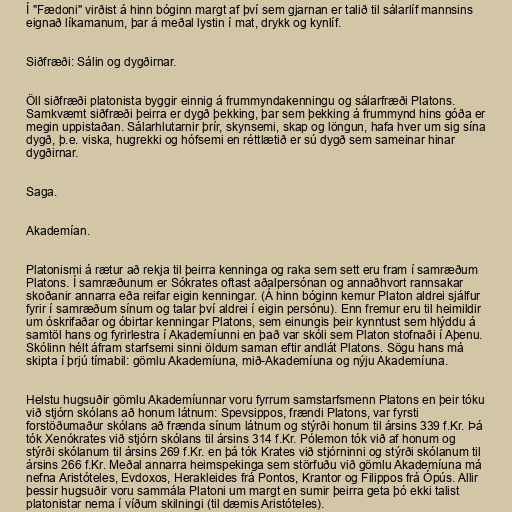
Í "Fædoni" virðist á hinn bóginn margt af því sem gjarnan er talið til sálarlíf mannsins
eignað líkamanum, þar á meðal lystin í mat, drykk og kynlíf.

Siðfræði: Sálin og dygðirnar.

Öll siðfræði platonista byggir einnig á frummyndakenningu og sálarfræði Platons.
Samkvæmt siðfræði þeirra er dygð þekking, þar sem þekking á frummynd hins góða er
megin uppistaðan. Sálarhlutarnir þrír, skynsemi, skap og löngun, hafa hver um sig sína
dygð, þ.e. viska, hugrekki og hófsemi en réttlætið er sú dygð sem sameinar hinar
dygðirnar.

Saga.

Akademían.

Platonismi á rætur að rekja til þeirra kenninga og raka sem sett eru fram í samræðum
Platons. Í samræðunum er Sókrates oftast aðalpersónan og annaðhvort rannsakar
skoðanir annarra eða reifar eigin kenningar. (Á hinn bóginn kemur Platon aldrei sjálfur
fyrir í samræðum sínum og talar því aldrei í eigin persónu). Enn fremur eru til heimildir
um óskrifaðar og óbirtar kenningar Platons, sem einungis þeir kynntust sem hlýddu á
samtöl hans og fyrirlestra í Akademíunni en það var skóli sem Platon stofnaði í Aþenu.
Skólinn hélt áfram starfsemi sinni öldum saman eftir andlát Platons. Sögu hans má
skipta í þrjú tímabil: gömlu Akademíuna, mið-Akademíuna og nýju Akademíuna.

Helstu hugsuðir gömlu Akademíunnar voru fyrrum samstarfsmenn Platons en þeir tóku
við stjórn skólans að honum látnum: Spevsippos, frændi Platons, var fyrsti
forstöðumaður skólans að frænda sínum látnum og stýrði honum til ársins 339 f.Kr. Þá
tók Xenókrates við stjórn skólans til ársins 314 f.Kr. Pólemon tók við af honum og
stýrði skólanum til ársins 269 f.Kr. en þá tók Krates við stjórninni og stýrði skólanum til
ársins 266 f.Kr. Meðal annarra heimspekinga sem störfuðu við gömlu Akademíuna má
nefna Aristóteles, Evdoxos, Herakleides frá Pontos, Krantor og Filippos frá Ópús. Allir
þessir hugsuðir voru sammála Platoni um margt en sumir þeirra geta þó ekki talist
platonistar nema í víðum skilningi (til dæmis Aristóteles).